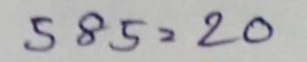
585 = 20